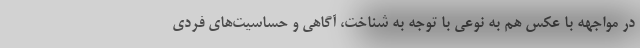
در مواجهه با عکس هم به نوعی با توجه به شناخت، آگاهی و حساسیت‌های فردی